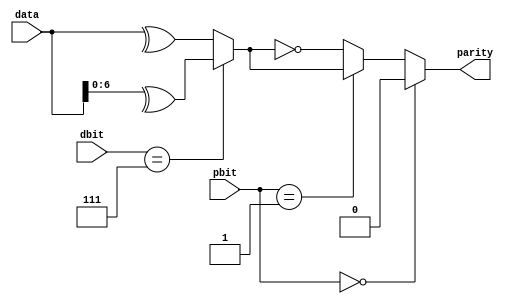
module parity_calculator
#(
	parameter DBIT=8 // # of data bits
)
(
	input wire [DBIT-1:0] data,
	input wire [3:0] dbit,            // Data bits (7 or 8)
	input wire [1:0] pbit,            // 0=none, 1=even, 2 = odd
	output wire parity
);

// n-bit parity counter

wire zero;
wire xs;

assign zero = 0;
assign xs = (dbit == 7) ? ^data[6:0] : ^data[7:0];
assign parity = pbit == 0 ? zero :
					 pbit == 1 ? xs  :
					 ~xs;

endmodule